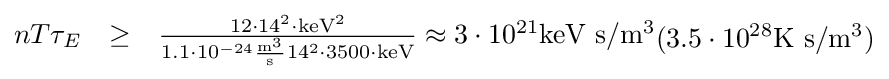
{\begin{matrix}nT\tau _{E}&\geq &{\frac {12\cdot 14^{2}\cdot {\rm {keV}}^{2}}{1.1\cdot 10^{-24}{\frac {{\rm {m}}^{3}}{\rm {s}}}14^{2}\cdot 3500\cdot {\rm {keV}}}}\approx 3\cdot 10^{21}{\mbox{keV s}}/{\mbox{m}}^{3}\\\end{matrix}}(3.5\cdot 10^{28}{\mbox{K s}}/{\mbox{m}}^{3})